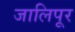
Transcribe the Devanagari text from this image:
जालिपूर